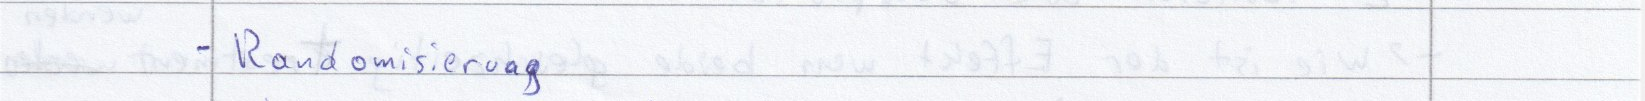
- Randomisierung